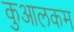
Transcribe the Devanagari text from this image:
कुआलकम